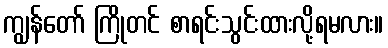
ကျွန်တော် ကြိုတင် စာရင်းသွင်းထားလို့ရမလား။